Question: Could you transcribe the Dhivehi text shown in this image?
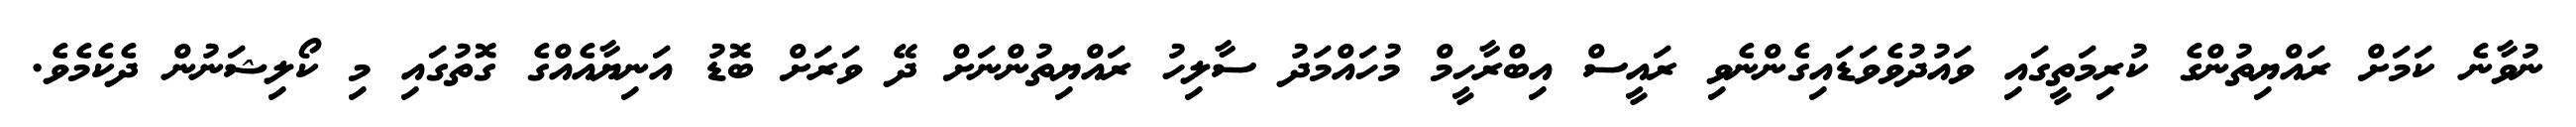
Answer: ނުވާނެ ކަމަށް ރައްޔިތުންގެ ކުރިމަތީގައި ވައުދުވެވަޑައިގެންނެވި ރައީސް އިބްރާހީމް މުހައްމަދު ސާލިހު ރައްޔިތުންނަށް ދޭ ވަރަށް ބޮޑު އަނިޔާއެއްގެ ގޮތުގައި މި ކޯލިޝަނުން ދެކެމެވެ.